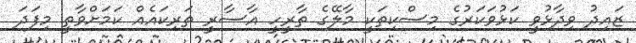
ޒައިދު ވިދާޅުވީ ކަޅުވަކަރުގެ މިސްކިތަކީ މާލޭގެ ތާރީހީ އާސާރީ ތަރިކައެއް ކަމަަށްވާތީ މިފަދަ